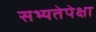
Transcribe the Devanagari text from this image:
सभ्यतेपेक्षा